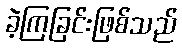
ခဲ့ကြခြင်းဖြစ်သည်